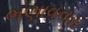
ભણાવનારા